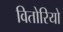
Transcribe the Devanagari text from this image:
वितोरियो